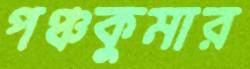
পঞ্চকুমার